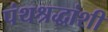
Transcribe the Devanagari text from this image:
पंथश्रद्धांशी